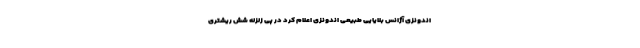
اندونزی آژانس بلایایی طبیعی اندونزی اعلام کرد در پی زلزله شش ریشتری